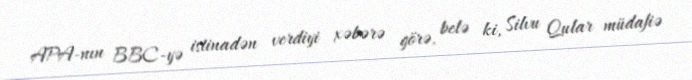
APA-nın BBC-yə istinadən verdiyi xəbərə görə, belə ki, Silvu Qular müdafiə